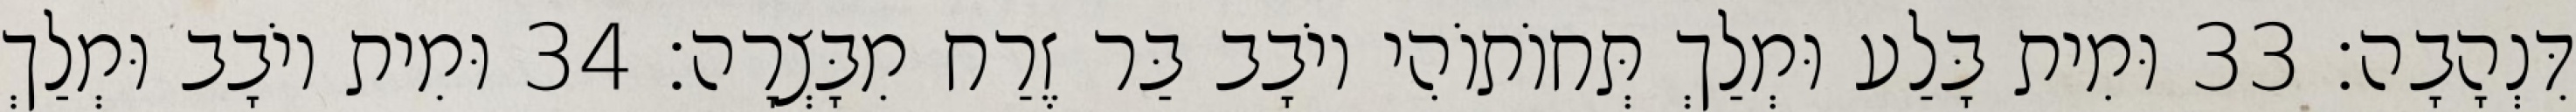
דִּנְהָבָה׃ 33 וּמִית בָּלַע וּמְלַךְ תְּחוֹתוֹהִי יוֹבָב בַּר זֶרַח מִבָּצְרָה׃ 34 וּמִית יוֹבָב וּמְלַךְ